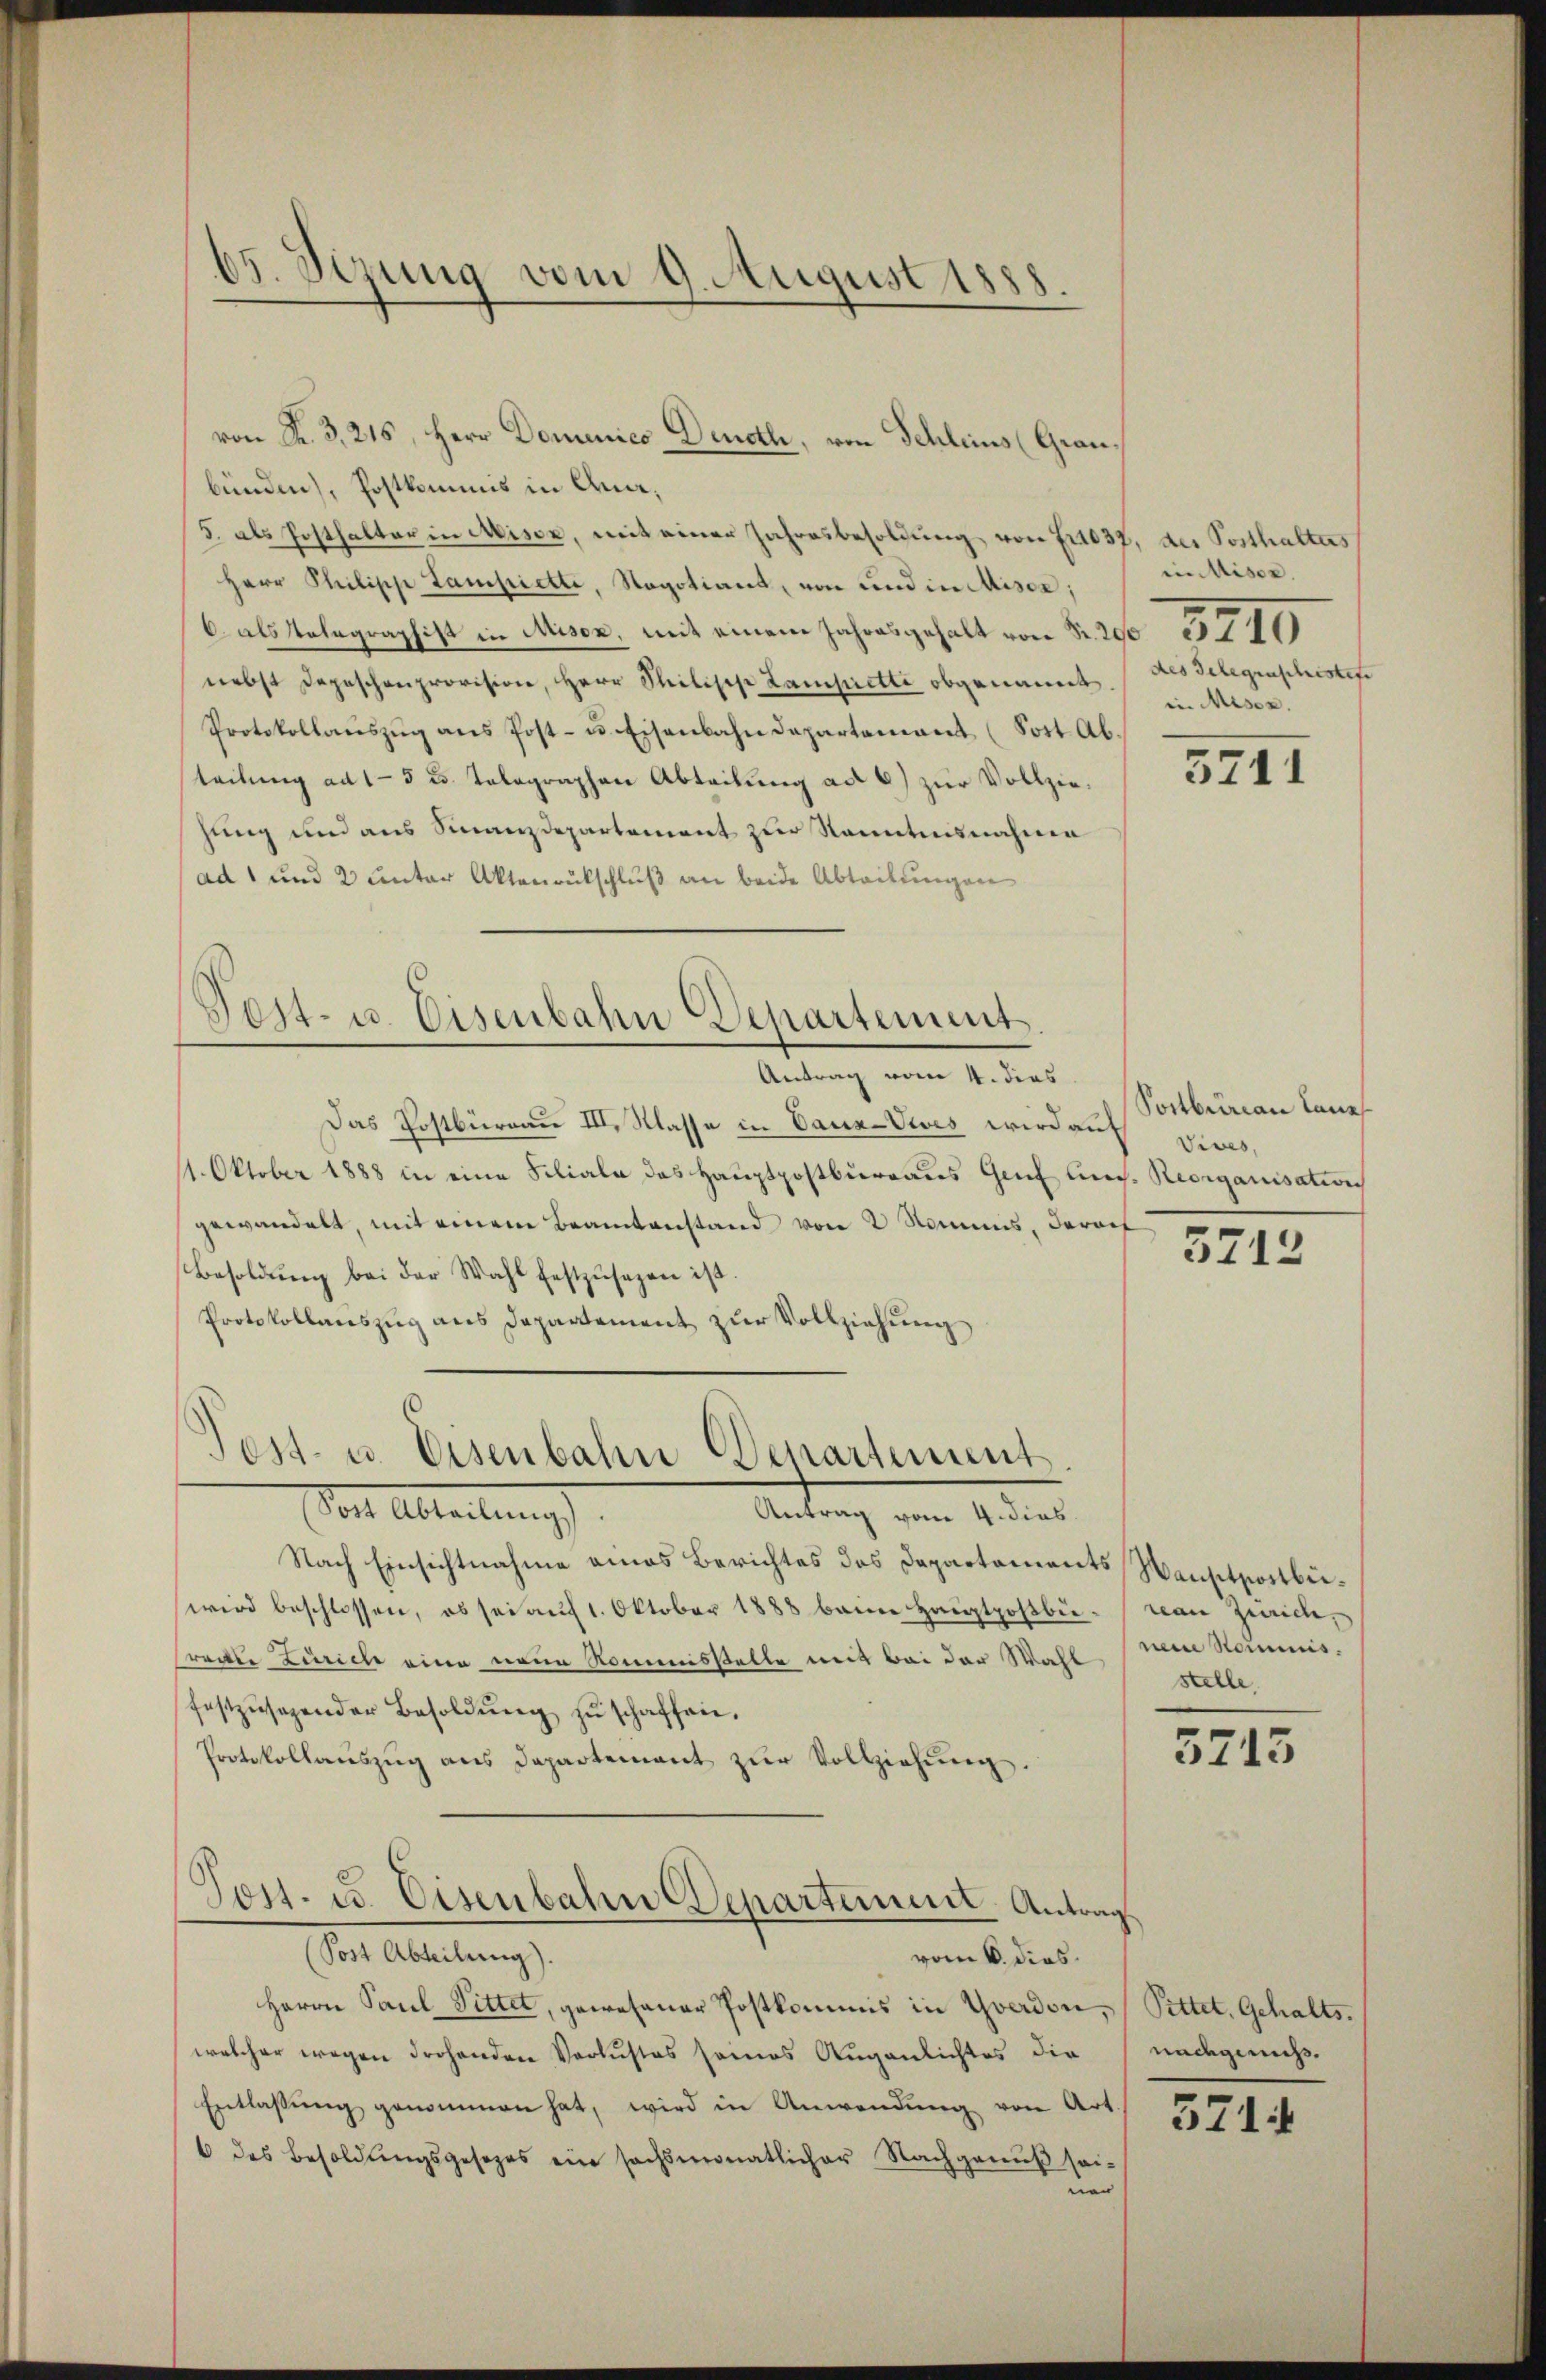
65. Sezung vom 9. August 1888.

bünden), Postkommis in Ana¬
5. als Posthalter in Miser, mit einer Jahresbesoldung von fr1037, der Posthalters
Herr Philipp Lampiette, Negotiant, von und in Miser;
.
nebst Depeschenprovision, Herr Philisch Lamprette obgenannt.
Protokollaŭszŭg ans Post- u. Eisenbahndepartement (Fort Ab.
teilung ad 15 u. Telegraphen Abteilung ad 6) zur Vollziehung und aus Sinanzdepartement zur Sonntensnahme
(ad 1 und 2 unter Aktenrückschluß an beide Abtretungen

von K. 3, 216, Herr Dominico Denoth, von Schlims (Grau¬

Post- u. Eisenbahn Departement.
Antrag vom 4. dies

Das Postbüreau III. Klasse in Vauz-Vives wird auf
1. Oktober 1888 in eine Filiale des Hauptpostbureaus Genf liech. Reorganisation
gewandelt, mit einem Beamtanstand von 2 Nommis, darauf
Besoldŭng bei der Wahl festzŭsagen ist.
Protokollauszug aus Departement zur Vollziehung

Test- u. Eisenbahn Departement
Mit Ableitung

Antrag vom 4. dies
Nach Einsichtnahme eines Berichtes des Departements Haustpostbiewird beschlossen, ob sei auf 1. Oktober 1888 beim Hauptpostbüreau Zürich,
reckte Zuricle eine neue Kommisselte mit bei der Wahl
festzusagender Besoldŭng zŭ schaffen.
Protokollaŭszŭg ans Departement zŭr Vollziehŭng.
Post. u. Eisenbahn Departiner Antrags
(Post Abteilung).
vom 6. dies
Herrn Paul Sittet, gewesener Postkommis in Yverdon, (Sittet, Gehaltswelcher wegen drohenden Verlustes seines Augenlichtes die
Entlassŭng genommen hat, wird in Anwendŭng von Art.
6 des Besoldŭngsgesezes ein sechsmonatlicher Nachgenuß sei-
ner

in Miser.
des Gelegenschristete
in Miser.

3711

Postbüreau Laus
Vives,

3712

nene Nominis
stelle.

5715

nachgemeß¬

3714